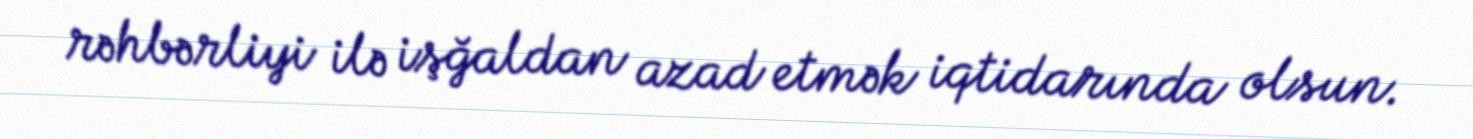
rəhbərliyi ilə işğaldan azad etmək iqtidarında olsun.